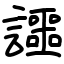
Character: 讍